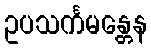
ဥပသင်္ကမန္တေန